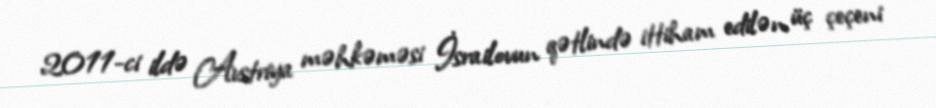
2011-ci ildə Avstriya məhkəməsi İsrailovun qətlində ittiham edilən üç çeçeni